Annual report of lunatic asylums [Bombay] - 1912-1922
Year: 1912
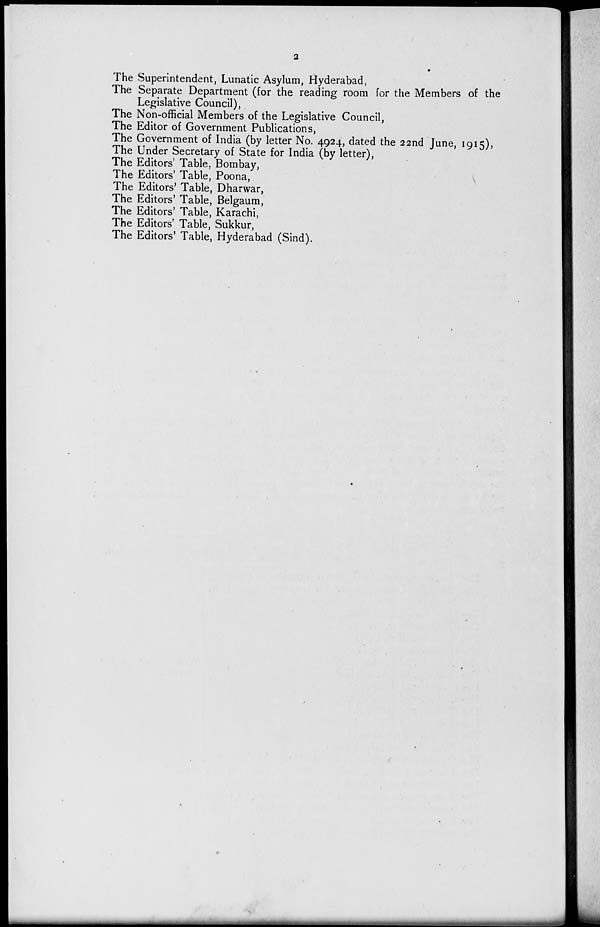
2
The Superintendent, Lunatic Asylum, Hyderabad,
The Separate Department (for the reading room for the Members of the
Legislative Council),
The Non-official Members of the Legislative Council,
The Editor of Government Publications,
The Government of India (by letter No. 4924, dated the 22nd June, 1915),
The Under Secretary of State for India (by letter),
The Editors' Table, Bombay,
The Editors' Table, Poona,
The Editors' Table, Dharwar,
The Editors' Table, Belgaum,
The Editors' Table, Karachi,
The Editors' Table, Sukkur,
The Editors' Table, Hyderabad (Sind).